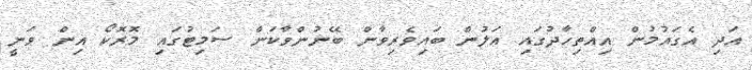
އަދި އެގައުމުން އިއްތިހާދުގައި އަލުން ބައިވެރިވާން ބޭނުންވާކަން ސަމިޓުގައި މޮރޮކޯ އިން ވަނީ